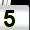
Digit: 5